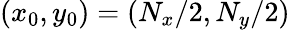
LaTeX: (x_{0},y_{0})=(N_{x}/2,N_{y}/2)